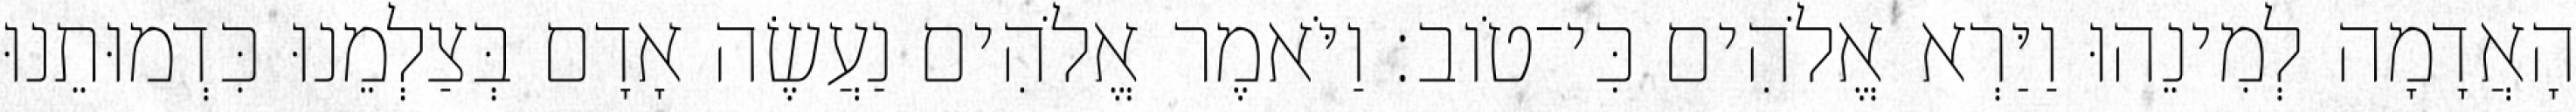
הָאֲדָמָה לְמִינֵהוּ וַיַּרְא אֱלֹהִים כִּי־טֹוב׃ וַיֹּאמֶר אֱלֹהִים נַעֲשֶׂה אָדָם בְּצַלְמֵנוּ כִּדְמוּתֵנוּ